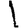
Digit: 1